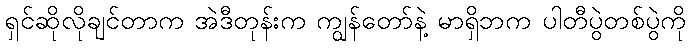
ရှင်ဆိုလိုချင်တာက အဲဒီတုန်းက ကျွန်တော်နဲ့ မာရှိဘက ပါတီပွဲတစ်ပွဲကို